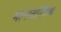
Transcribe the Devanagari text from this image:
मोनोटोनिक